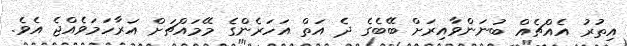
އިތުރު އެއްޗެއް ބުނަންވާއިރަށް ބޭބެގެ ދެ އަތް އަހަރެންގެ މޭމައްޗަށް އަރާހަމަވެއްޖެ އެވެ.